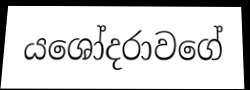
යශෝදරාවගේ